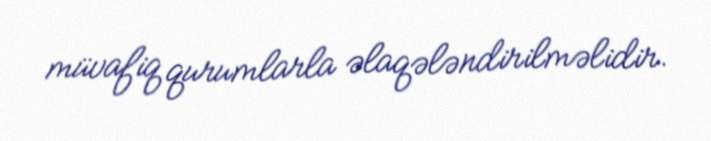
müvafiq qurumlarla əlaqələndirilməlidir.